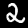
Digit: 2